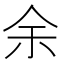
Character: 余